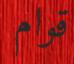
قوام